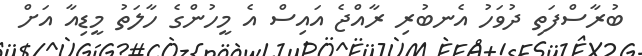
ބުރާސްފަތި ދުވަހު އެނބުރި ރާއްޖެ އައިސް އެ މީހުންގެ ހާލަތު މީޑިއާ އަށް